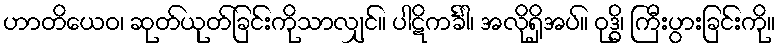
ဟာတိယေဝ၊ ဆုတ်ယုတ်ခြင်းကိုသာလျှင်။ ပါဋိကင်္ခါ၊ အလိုရှိအပ်။ ဝုဒ္ဓိ၊ ကြီးပွားခြင်းကို။